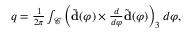
\begin{array} { r } { q = \frac { 1 } { 2 \pi } \int _ { \mathcal { C } } \left( \tilde { \mathbf { d } } ( \varphi ) \times \frac { d } { d \varphi } \tilde { \mathbf { d } } ( \varphi ) \right) _ { 3 } d \varphi , } \end{array}